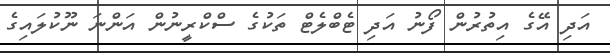
އަދި އޭގެ އިތުރުން ފޯނު އަދި ޓެބްލެޓް ތަކުގެ ސްކްރީނުން އަންނަ ނޫކުލައިގެ